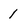
Character: 1